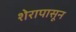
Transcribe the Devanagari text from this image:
शेरापासून